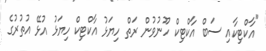
"އާކްޓިކާއި ސަބް އާކްޓިކް ހޫނުވުން ރަތް ހިޔަޅު އާކްޓިކް ހިޔަޅު އުޅޭ އުތުރުގެ